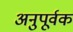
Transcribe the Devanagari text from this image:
अनुपूर्वक